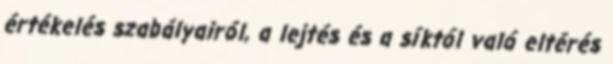
értékelés szabályairól, a lejtés és a síktól való eltérés